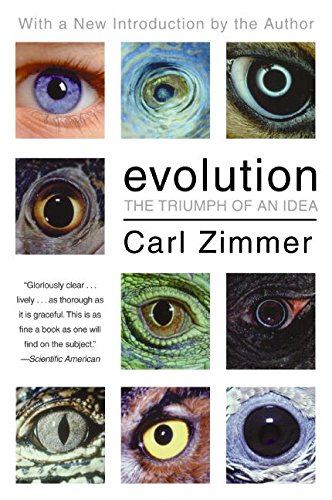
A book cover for Evolution: The Triumph of an Idea; Carl Zimmer; Science & Math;